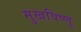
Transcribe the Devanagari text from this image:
मुखविष्णु